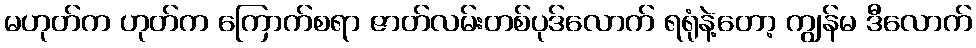
မဟုတ်က ဟုတ်က ကြောက်စရာ ဇာတ်လမ်းတစ်ပုဒ်လောက် ရရုံနဲ့တော့ ကျွန်မ ဒီလောက်